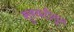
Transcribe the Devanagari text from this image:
सुरवटीतून